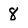
Character: 8